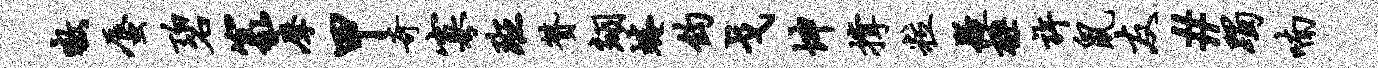
嗷蜃碧篆摩甲奇寡班赞翊蜷钧戈坤撑粒疑极许鼠友#躅喃